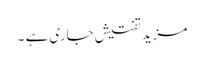
مزید تفتیش جاری ہے ۔